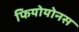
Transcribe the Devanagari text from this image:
फियोयोनस